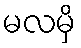
မလမှိ